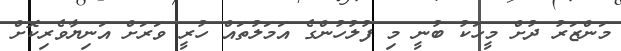
މަންޒަރު ދުށް މީހަކު ބުނީ މި ފުލުހުންގެ އަމަލުތައް ހުރީ ވަރަށް އަނިޔާވެރިކޮށް